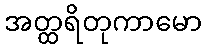
အတ္ထရိတုကာမော